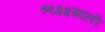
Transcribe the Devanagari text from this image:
१९३३साली